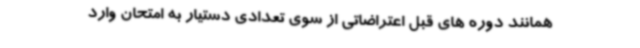
همانند دوره های قبل اعتراضاتی از سوی تعدادی دستیار به امتحان وارد